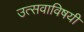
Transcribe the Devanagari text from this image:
उत्सवाविषयी